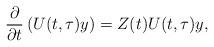
LaTeX: \begin{align*}\frac{\partial}{\partial t} \left( U(t,\tau) y \right) = Z(t) U(t,\tau) y,\end{align*}